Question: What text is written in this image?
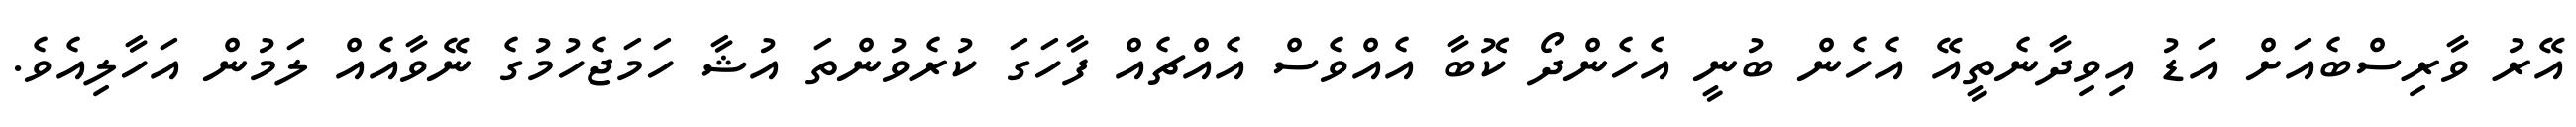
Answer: އޭރު ވާރިސްބެއަށް އަޑު އިވިދާނެތީއޭ އެހެން ބުނީ އެހެންދޯ ކޮބާ އެއްވެސް އެއްޗެއް ފާހަގަ ކުރެވުންތަ އުޝާ ހަމަޖެހުމުގެ ނޭވާއެއް ލަމުން އަހާލިއެވެ.